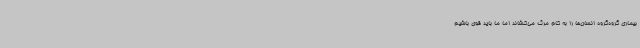
بیماری گروه‌گروه انسان‌ها را به کام مرگ می‌کشاند اما ما باید قوی باشیم